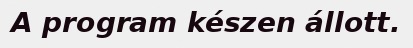
A program készen állott.